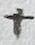
Text: +